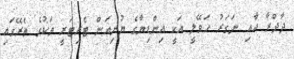
ދާދްރާ އާއި ނަގަރު ހަވޭލީ އަކީ އިންޑިޔާގެ ޔުނިއަން ޓެރިޓަރީ ތަކުގެ ތެރޭގައި